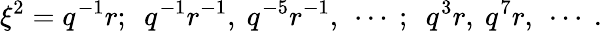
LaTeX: \xi^{2}=q^{-1}r;~~q^{-1}r^{-1},~q^{-5}r^{-1},~\cdots~;~~q^{3}r,~q^{7}r,~\cdots~.